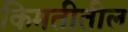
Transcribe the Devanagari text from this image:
किमतीतील